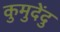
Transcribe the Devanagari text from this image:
कुमुदेंदु